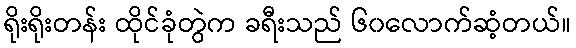
ရိုးရိုးတန်း ထိုင်ခုံတွဲက ခရီးသည် ၆၀လောက်ဆံ့တယ်။